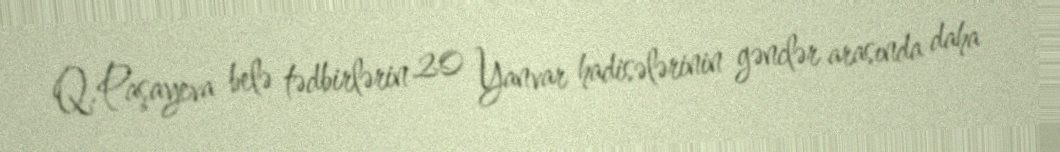
Q.Paşayeva belə tədbirlərin 20 Yanvar hadisələrinin gənclər arasında daha